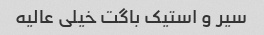
سیر و استیک باگت خیلی عالیه